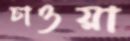
চাওয়া